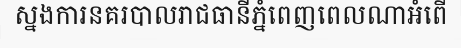
ស្នងការនគរបាលរាជធានីភ្នំពេញពេលណាអំពើ